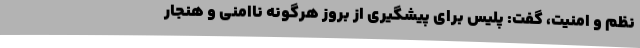
نظم و امنیت، گفت: پلیس برای پیشگیری از بروز هرگونه ناامنی و هنجار